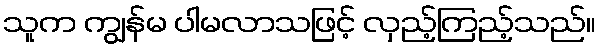
သူက ကျွန်မ ပါမလာသဖြင့် လှည့်ကြည့်သည်။